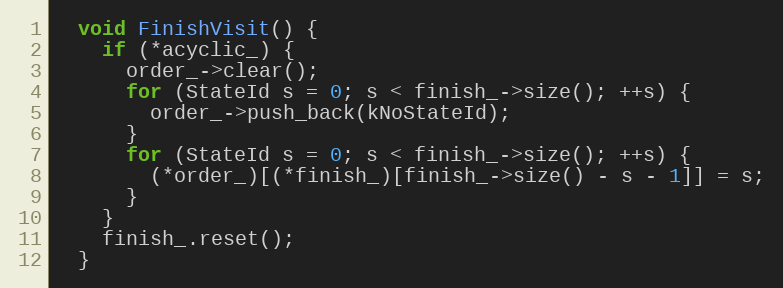
Language: C
  void FinishVisit() {
    if (*acyclic_) {
      order_->clear();
      for (StateId s = 0; s < finish_->size(); ++s) {
        order_->push_back(kNoStateId);
      }
      for (StateId s = 0; s < finish_->size(); ++s) {
        (*order_)[(*finish_)[finish_->size() - s - 1]] = s;
      }
    }
    finish_.reset();
  }